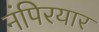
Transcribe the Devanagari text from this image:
नंपिरयार